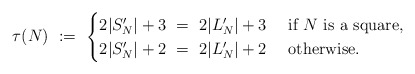
\begin{align*}\tau(N) \ :=\ \begin{cases}2|S'_N| + 3\ =\ 2|L'_N| + 3 &\mbox{ if }N\mbox{ is a square},\\ 2|S'_N| + 2\ =\ 2|L'_N| + 2 &\mbox{ otherwise}.\end{cases}\end{align*}